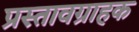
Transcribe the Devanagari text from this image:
प्रस्तावग्राहक